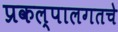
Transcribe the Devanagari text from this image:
प्रकल्पालगतचे